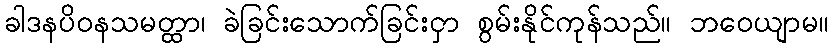
ခါဒနပိဝနသမတ္ထာ၊ ခဲခြင်းသောက်ခြင်းငှာ စွမ်းနိုင်ကုန်သည်။ ဘဝေယျာမ။